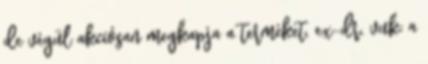
de végül akciósan megkapja a terméket. ex-dr. vuk: a